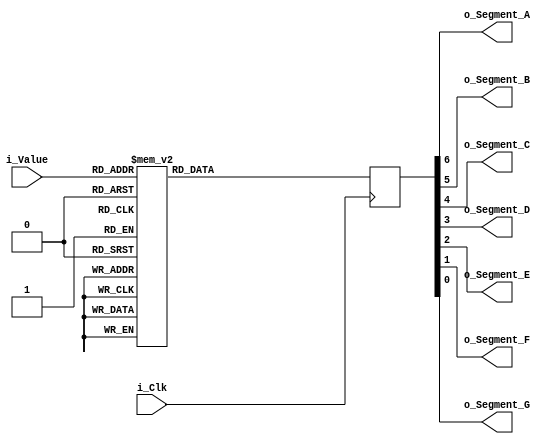
module hex_to_7seg
  (
   input       i_Clk,
   input [3:0] i_Value,
   output      o_Segment_A,
   output      o_Segment_B,
   output      o_Segment_C,
   output      o_Segment_D,
   output      o_Segment_E,
   output      o_Segment_F,
   output      o_Segment_G
   );

  reg [6:0]    out = 7'b0000000;

  always @(posedge i_Clk)
	begin
	  case (i_Value)
		4'b0000 : out <= 7'b0000001;
		4'b0001 : out <= 7'b1001111;
		4'b0010 : out <= 7'b0010010;
		4'b0011 : out <= 7'b0000110;
		4'b0100 : out <= 7'b1001100;
		4'b0101 : out <= 7'b0100100;
		4'b0110 : out <= 7'b0100000;
		4'b0111 : out <= 7'b0001111;
		4'b1000 : out <= 7'b0000000;
		4'b1001 : out <= 7'b0000100;
		4'b1010 : out <= 7'b0001000;
		4'b1011 : out <= 7'b1100000;
		4'b1100 : out <= 7'b0110001;
		4'b1101 : out <= 7'b1000010;
		4'b1110 : out <= 7'b0110000;
		4'b1111 : out <= 7'b0111000;
	  endcase
	end

  assign o_Segment_A = out[6];
  assign o_Segment_B = out[5];
  assign o_Segment_C = out[4];
  assign o_Segment_D = out[3];
  assign o_Segment_E = out[2];
  assign o_Segment_F = out[1];
  assign o_Segment_G = out[0];

endmodule